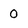
Character: 0